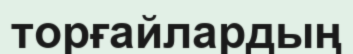
торғайлардың